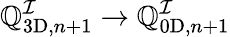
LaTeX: \mathbb{Q}_{\mathrm{{3D}},n+1}^{\mathcal{{I}}}\to\mathbb{Q}_{\mathrm{{0D}},n+1}^{\mathcal{{I}}}